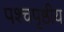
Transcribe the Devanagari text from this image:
पश्चपृष्ठीय